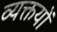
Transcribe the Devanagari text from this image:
व्यक्तयों